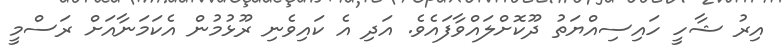
އިރު ޝާހީ ހައިސިއްޔަތު ދޫކޮށްލައްވާފައެވެ. އަދި އެ ކައިވެނި ރޫޅުމުން އެކަމަނާއަށް ރަސްމީ